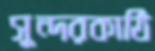
সুন্দরকাঠি